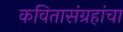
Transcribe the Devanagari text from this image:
कवितासंग्रहांचा